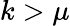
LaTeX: k>\mu